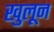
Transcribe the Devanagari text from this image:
खुलून